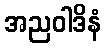
အညဝါဒိနံ